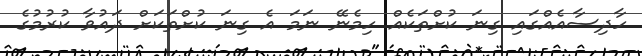
ހާދިސާއެއްގައި ގިނަ ކުށްތަކެއް ހިމެނޭ ނަމަ އެ ގިނަ ކުށްތަކަށް ދައުވާ ކުރުމުގެ